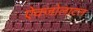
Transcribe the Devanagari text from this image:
ऐक्ज़ोलाटल